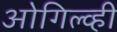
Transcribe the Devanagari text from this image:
ओगिल्व्ही